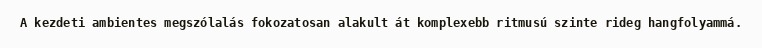
A kezdeti ambientes megszólalás fokozatosan alakult át komplexebb ritmusú szinte rideg hangfolyammá.